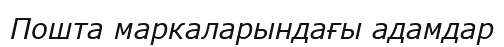
Пошта маркаларындағы адамдар